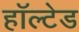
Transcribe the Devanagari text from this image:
हॉल्टेड